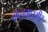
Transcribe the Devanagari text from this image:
कलमघसीट